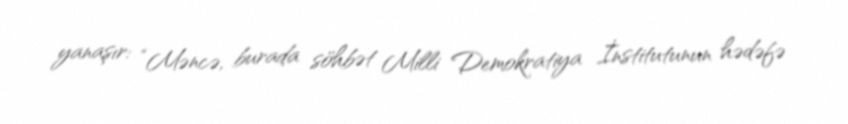
yanaşır: “Məncə, burada söhbət Milli Demokratiya İnstitutunun hədəfə